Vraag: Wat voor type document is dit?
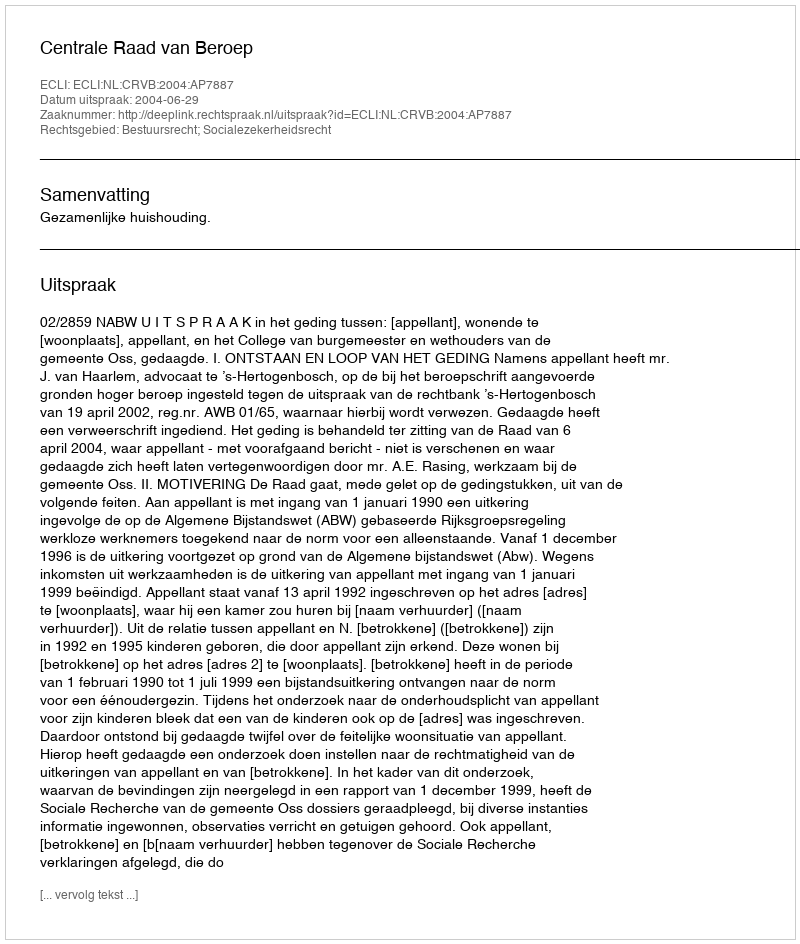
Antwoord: Uitspraak